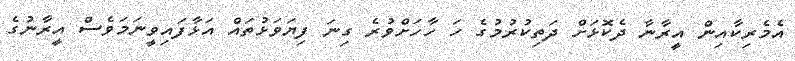
އެމެރިކާއިން އީރާނާ ދެކޮޅަށް ދަތިކުރުމުގެ ހަ ހާހަށްވުރެ ގިނަ ފިޔަވަޅުތައް އަޅާފައިވީނަމަވެސް އީރާނުގެ